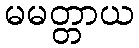
မမတ္တာယ